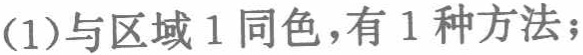
(1)与区域1同色，有1种方法；